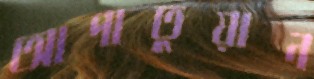
আপাতুয়ান